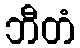
ဘီတံ